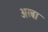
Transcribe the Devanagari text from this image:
अरबा